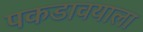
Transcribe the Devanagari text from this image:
पकडावयाला